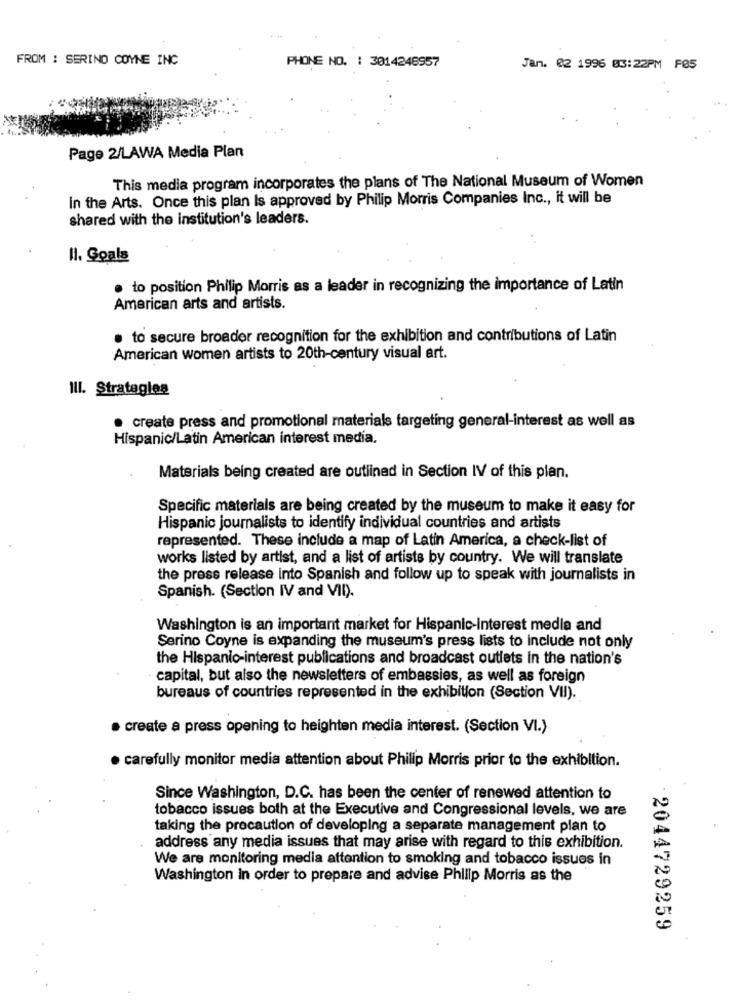
FROM : SERINO COYNE INC
PHONE NO. : 3014248957
Jan. 02 1996 03:22PM F05
Page 2/LAWA Media Plan
This media program incorporates the plans of The National Museum of Women
In the Arts. Once this plan Is approved by Philip Morris Companies Inc ., it will be
shared with the institution's leaders.
II. Goals
. to position Philip Morris as a leader in recognizing the importance of Latin
American arts and artists.
. to secure broader recognition for the exhibition and contributions of Latin
American women artists to 20th-century visual art.
IlI. Strategles
· create press and promotional materials targeting general-interest as well as
Hispanic/Latin American interest media.
Materials being created are outlined in Section IV of this plan.
Specific materials are being created by the museum to make it easy for
Hispanic journalists to identify individual countries and artists
represented. These include a map of Latin America, a check-list of
works listed by artist, and a list of artists by country. We will translate
the press release into Spanish and follow up to speak with journalists in
Spanish. (Section IV and VII).
Washington is an important market for Hispanic-interest media and
Serino Coyne is expanding the museum's press lists to include not only
the Hispanic-interest publications and broadcast outlets in the nation's
capital, but also the newsletters of embassies, as well as foreign
bureaus of countries represented in the exhibition (Section VII).
· create a press opening to heighten media interest. (Section VI.)
. carefully monitor media attention about Philip Morris prior to the exhibition.
Since Washington, D.C. has been the center of renewed attention to
tobacco issues both at the Executive and Congressional levels, we are
taking the precaution of developing a separate management plan to
address any media issues that may arise with regard to this exhibition.
We are monitoring media attention to smoking and tobacco issues in
Washington In order to prepare and advise Philip Morris as the
2044729259